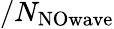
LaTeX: /N_{\mathrm{NOwave}}